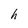
Character: h